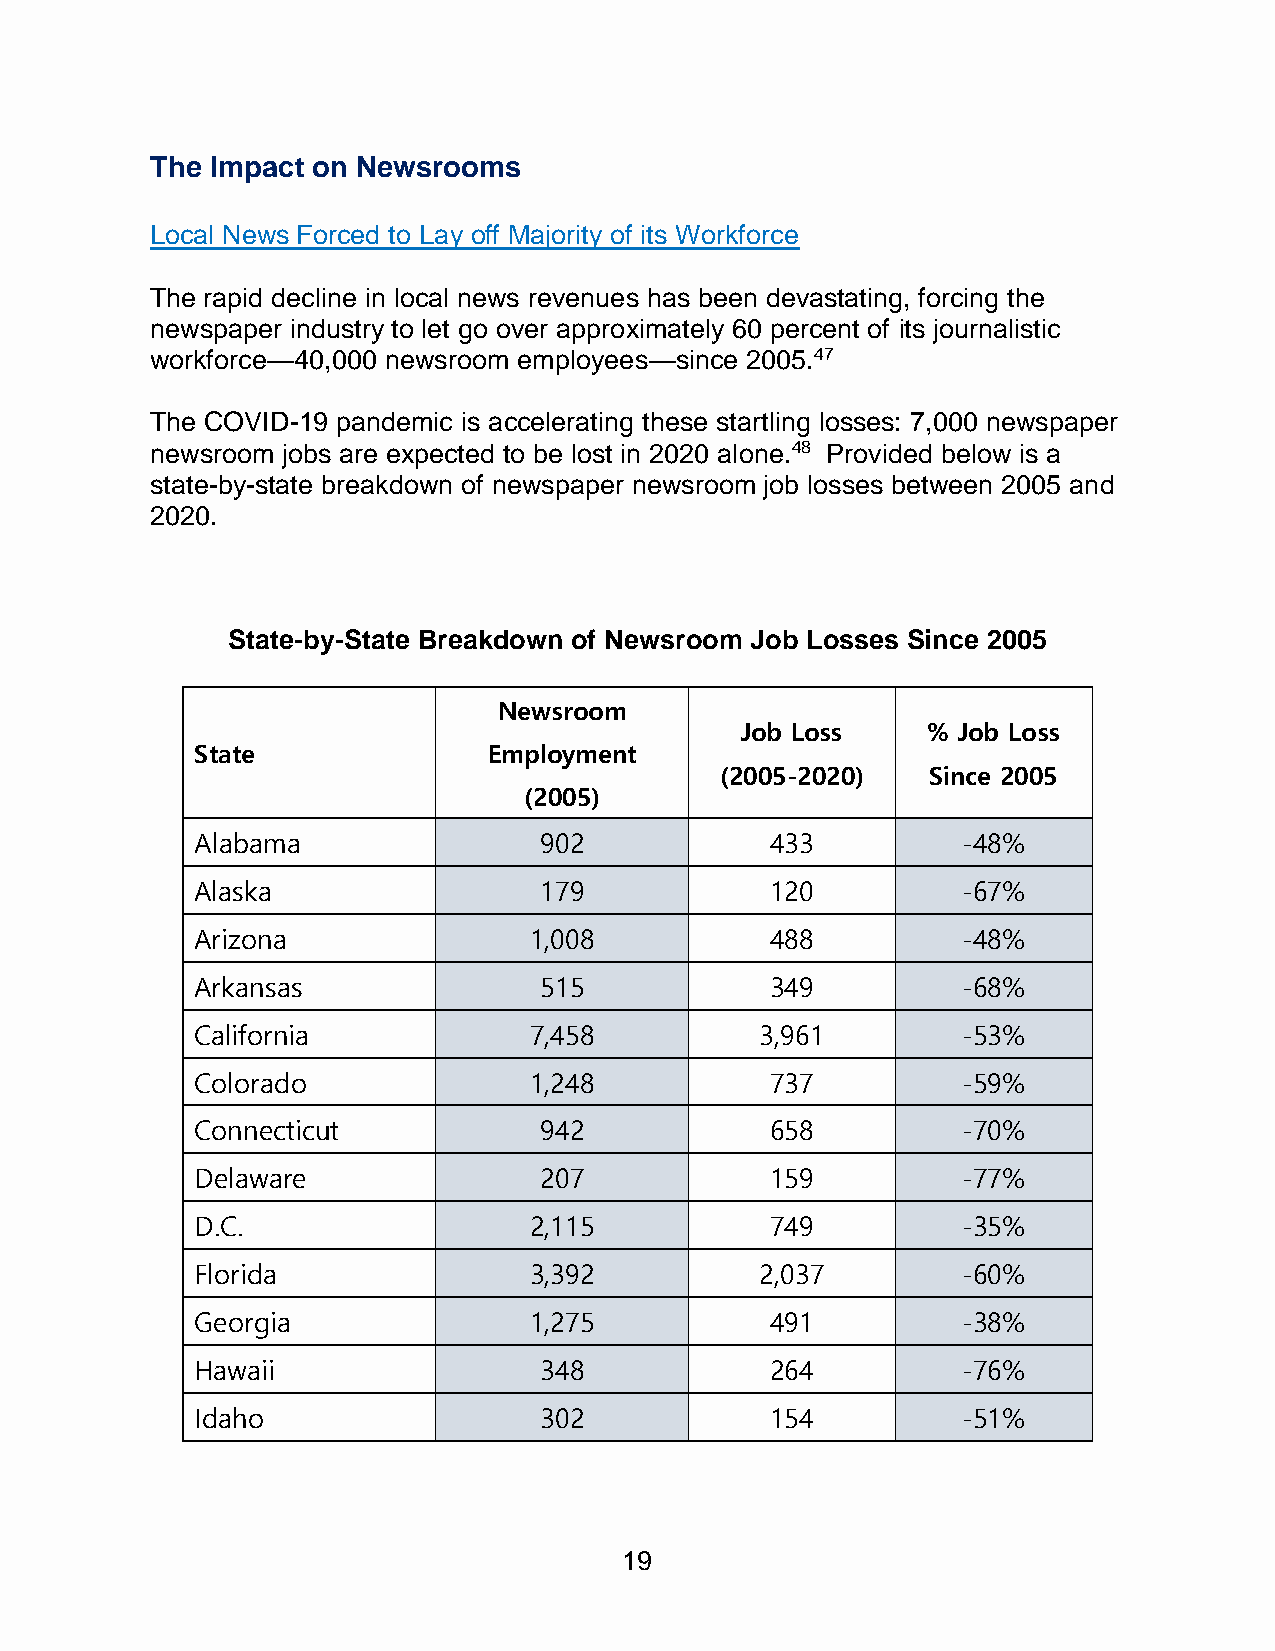
The Impact on Newsrooms
 Local News Forced to Lay off Majority of its Workforce
 The rapid decline in local news revenues has been devastating, forcing the
 newspaper industry to let go over approximately 60 percent of its journalistic
 workforce—40,000 newsroom employees—since 2005.47
 The COVID-19 pandemic is accelerating these startling losses: 7,000 newspaper
 newsroom jobs are expected to be lost in 2020 alone.48 Provided below is a
 state-by-state breakdown of newspaper newsroom job losses between 2005 and
 2020.
 State-by-State Breakdown of Newsroom Job Losses Since 2005
 Newsroom
 Job Loss    % Job Loss
 State              Employment
 (2005-2020)  Since 2005
 (2005)
 Alabama                902            433          -48%
 Alaska                 179            120          -67%
 Arizona               1,008           488          -48%
 Arkansas               515            349          -68%
 California            7,458          3,961         -53%
 Colorado              1,248           737          -59%
 Connecticut            942            658          -70%
 Delaware               207            159          -77%
 D.C.                  2,115           749          -35%
 Florida               3,392          2,037         -60%
 Georgia               1,275           491          -38%
 Hawaii                 348            264          -76%
 Idaho                  302            154          -51%
 19